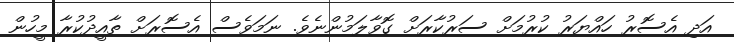
އަދި އެސޮރު ހައްޔަރު ކުރުމަށް ސަރުކާރަށް ގޮވާލަމުންނެވެ. ނަމަވެސް އެސޮރަށް ތާއީދުކުރާ މީހުން